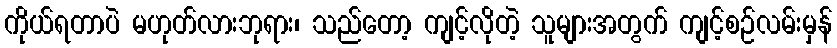
ကိုယ်ရတာပဲ မဟုတ်လားဘုရား၊ သည်တော့ ကျင့်လိုတဲ့ သူများအတွက် ကျင့်စဉ်လမ်းမှန်